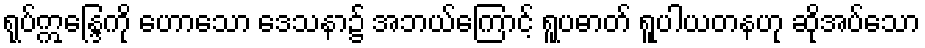
ရုပ်ဣန္ဒြေကို ဟောသော ဒေသနာ၌ အဘယ်ကြောင့် ရူပဓာတ် ရူပါယတနဟု ဆိုအပ်သော